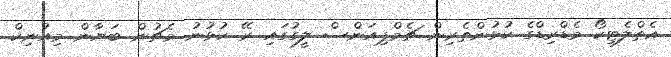
އެތްލެޓިކޯ މެޑްރިޑްގެ ކުޅުންތެރިން ޗެމްޕިއަންސް ލީގުގައި ރޭ ކުޅުނު މެޗުން ބަޔާން މިއުނިކް